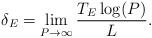
LaTeX: \begin{align*} \delta_E = \lim_{\substack{P\rightarrow \infty}}\frac{T_E \log(P)}{L}.\end{align*}